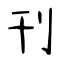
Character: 刊